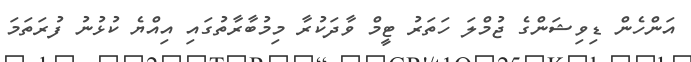
އަންހެން ޑިވިޝަންގެ ޖުމްލަ ހަތަރު ޓީމް ވާދަކުރާ މިމުބާރާތުގައި އިއްޔެ ކުޅުނު ފުރަތަމަ